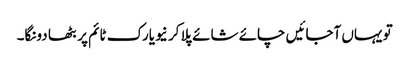
تو یہاں آجائیں چائے شائے پلا کر نیویارک ٹائم پر بٹھا دونگا۔